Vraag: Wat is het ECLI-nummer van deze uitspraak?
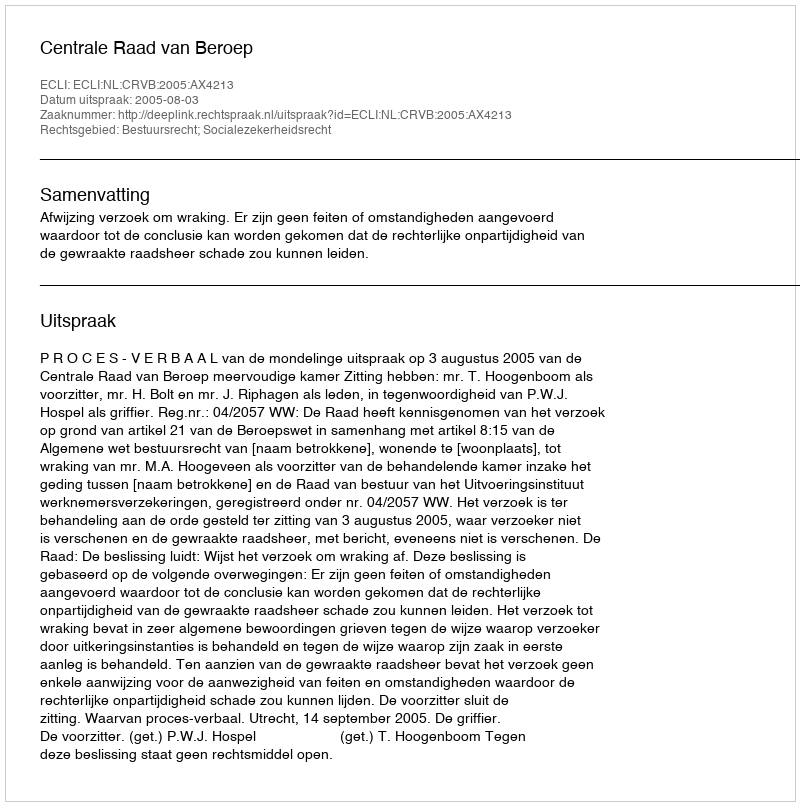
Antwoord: ECLI:NL:CRVB:2005:AX4213